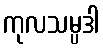
ကုလသမ္ပဒါ